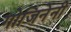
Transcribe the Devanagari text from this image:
गोजिनेनी